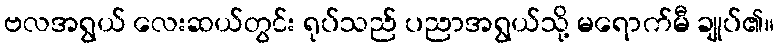
ဗလအရွယ် လေးဆယ်တွင်း ရုပ်သည် ပညာအရွယ်သို့ မရောက်မီ ချုပ်၏။